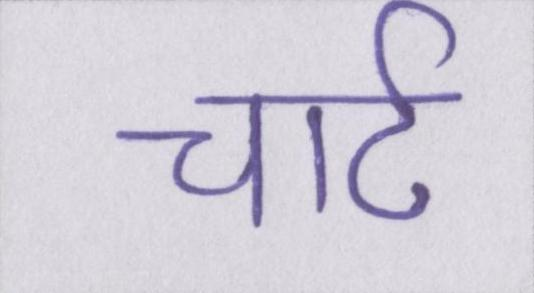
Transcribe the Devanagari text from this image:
चार्ट